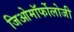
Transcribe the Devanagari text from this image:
जिओमॉर्फोलोजी